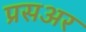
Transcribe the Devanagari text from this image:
प्रसअर